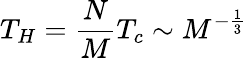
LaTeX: T_{H}=\frac{N}{M}T_{c}\sim M^{-\frac{1}{3}}